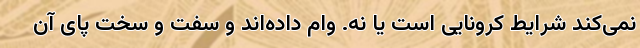
نمی‌کند شرایط کرونایی است یا نه. وام داده‌اند و سفت و سخت پای آن